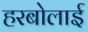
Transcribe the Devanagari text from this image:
हरबोलाई